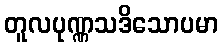
တူလပုဏ္ဏသဒိသောပမာ